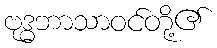
ဗုဒ္ဓဘာသာဝင်တို့၏